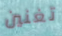
تغنين